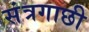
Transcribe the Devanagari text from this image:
संत्रगाछी